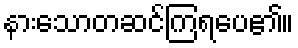
နားသောတဆင်ကြရပေ၏။